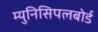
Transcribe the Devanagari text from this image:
म्युनिसिपलबोर्ड